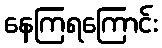
နေကြရကြောင်း